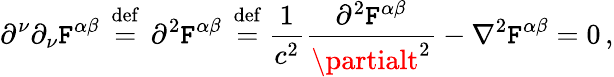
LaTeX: \partial^{\nu}\partial_{\nu}\mathtt{F}^{\alpha\beta}\, \ {\stackrel{\mathrm{{def}}}{=}}\ \, {\partial}^{2}\mathtt{F}^{\alpha\beta}\, \ {\stackrel{\mathrm{{def}}}{=}}\ {\frac{{1}}{{c^{2}}}}{\frac{{\partial^{2}\mathtt{F}^{\alpha\beta}}}{{{\partialt}^{2}}}}-\nabla^{2}\mathtt{F}^{\alpha\beta}=0\, ,